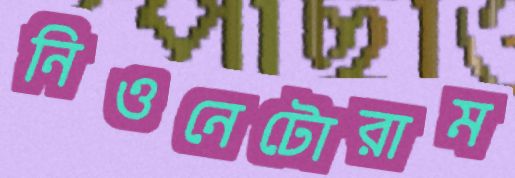
নিওনেটোরাম